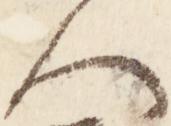
人